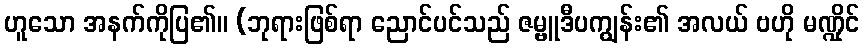
ဟူသော အနက်ကိုပြ၏။ (ဘုရားဖြစ်ရာ ညောင်ပင်သည် ဇမ္ဗူဒီပကျွန်း၏ အလယ် ဗဟို မဏ္ဍိုင်